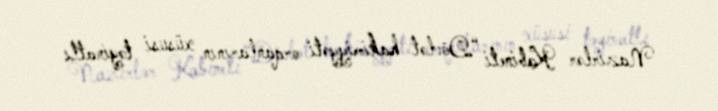
Nazirlər Kabineti “Dövlət hakimiyyəti orqanlarının xüsusi təyinatlı